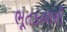
ભૂતકાળથી